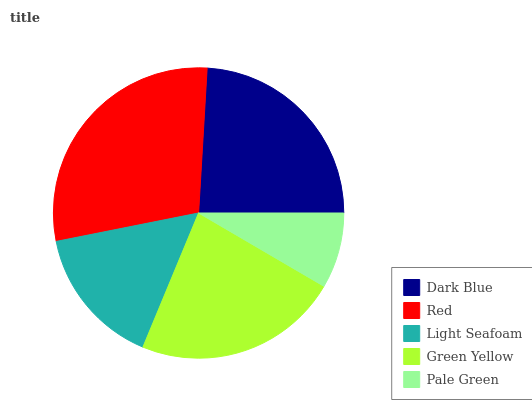
| Dark Blue | Red | Light Seafoam | Green Yellow | Pale Green |
 | --- | --- | --- | --- | --- |
 | 24% | 29.1% | 15.6% | 22.9% | 8.41% |